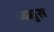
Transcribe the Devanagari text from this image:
जमुस